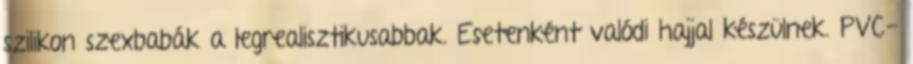
szilikon szexbabák a legrealisztikusabbak. Esetenként valódi hajjal készülnek. PVC-